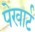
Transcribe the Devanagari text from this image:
पेखार्ट